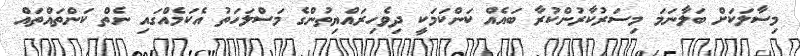
މިސާލަކަށް ބަލާނަމަ މިސަރުކާރުންކުރާ ބައެއް ކަންކަމަކީ ދިވެހިރައްޔިތުންގެ މަސްލަހަތު އެކަމެއްގައި ނެތް ކަންތައްތައް